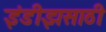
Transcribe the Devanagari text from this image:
इंडीझसाठी